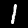
Digit: 1